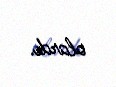
olardı.